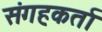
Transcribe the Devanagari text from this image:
संगहकर्ता